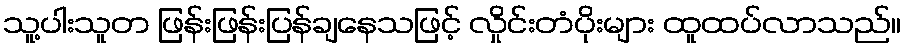
သူ့ပါးသူတ ဖြန်းဖြန်းပြန်ချနေသဖြင့် လှိုင်းတံပိုးများ ထူထပ်လာသည်။